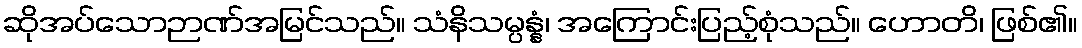
ဆိုအပ်သောဉာဏ်အမြင်သည်။ သံနိသမ္ပန္နံ၊ အကြောင်းပြည့်စုံသည်။ ဟောတိ၊ ဖြစ်၏။